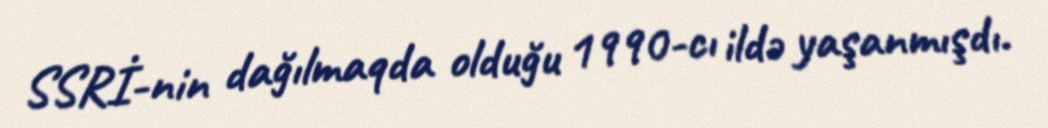
SSRİ-nin dağılmaqda olduğu 1990-cı ildə yaşanmışdı.